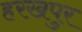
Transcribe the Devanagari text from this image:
हरखपुर